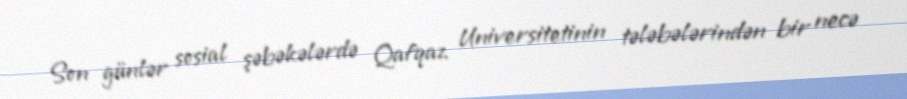
Son günlər sosial şəbəkələrdə Qafqaz Universitetinin tələbələrindən bir necə